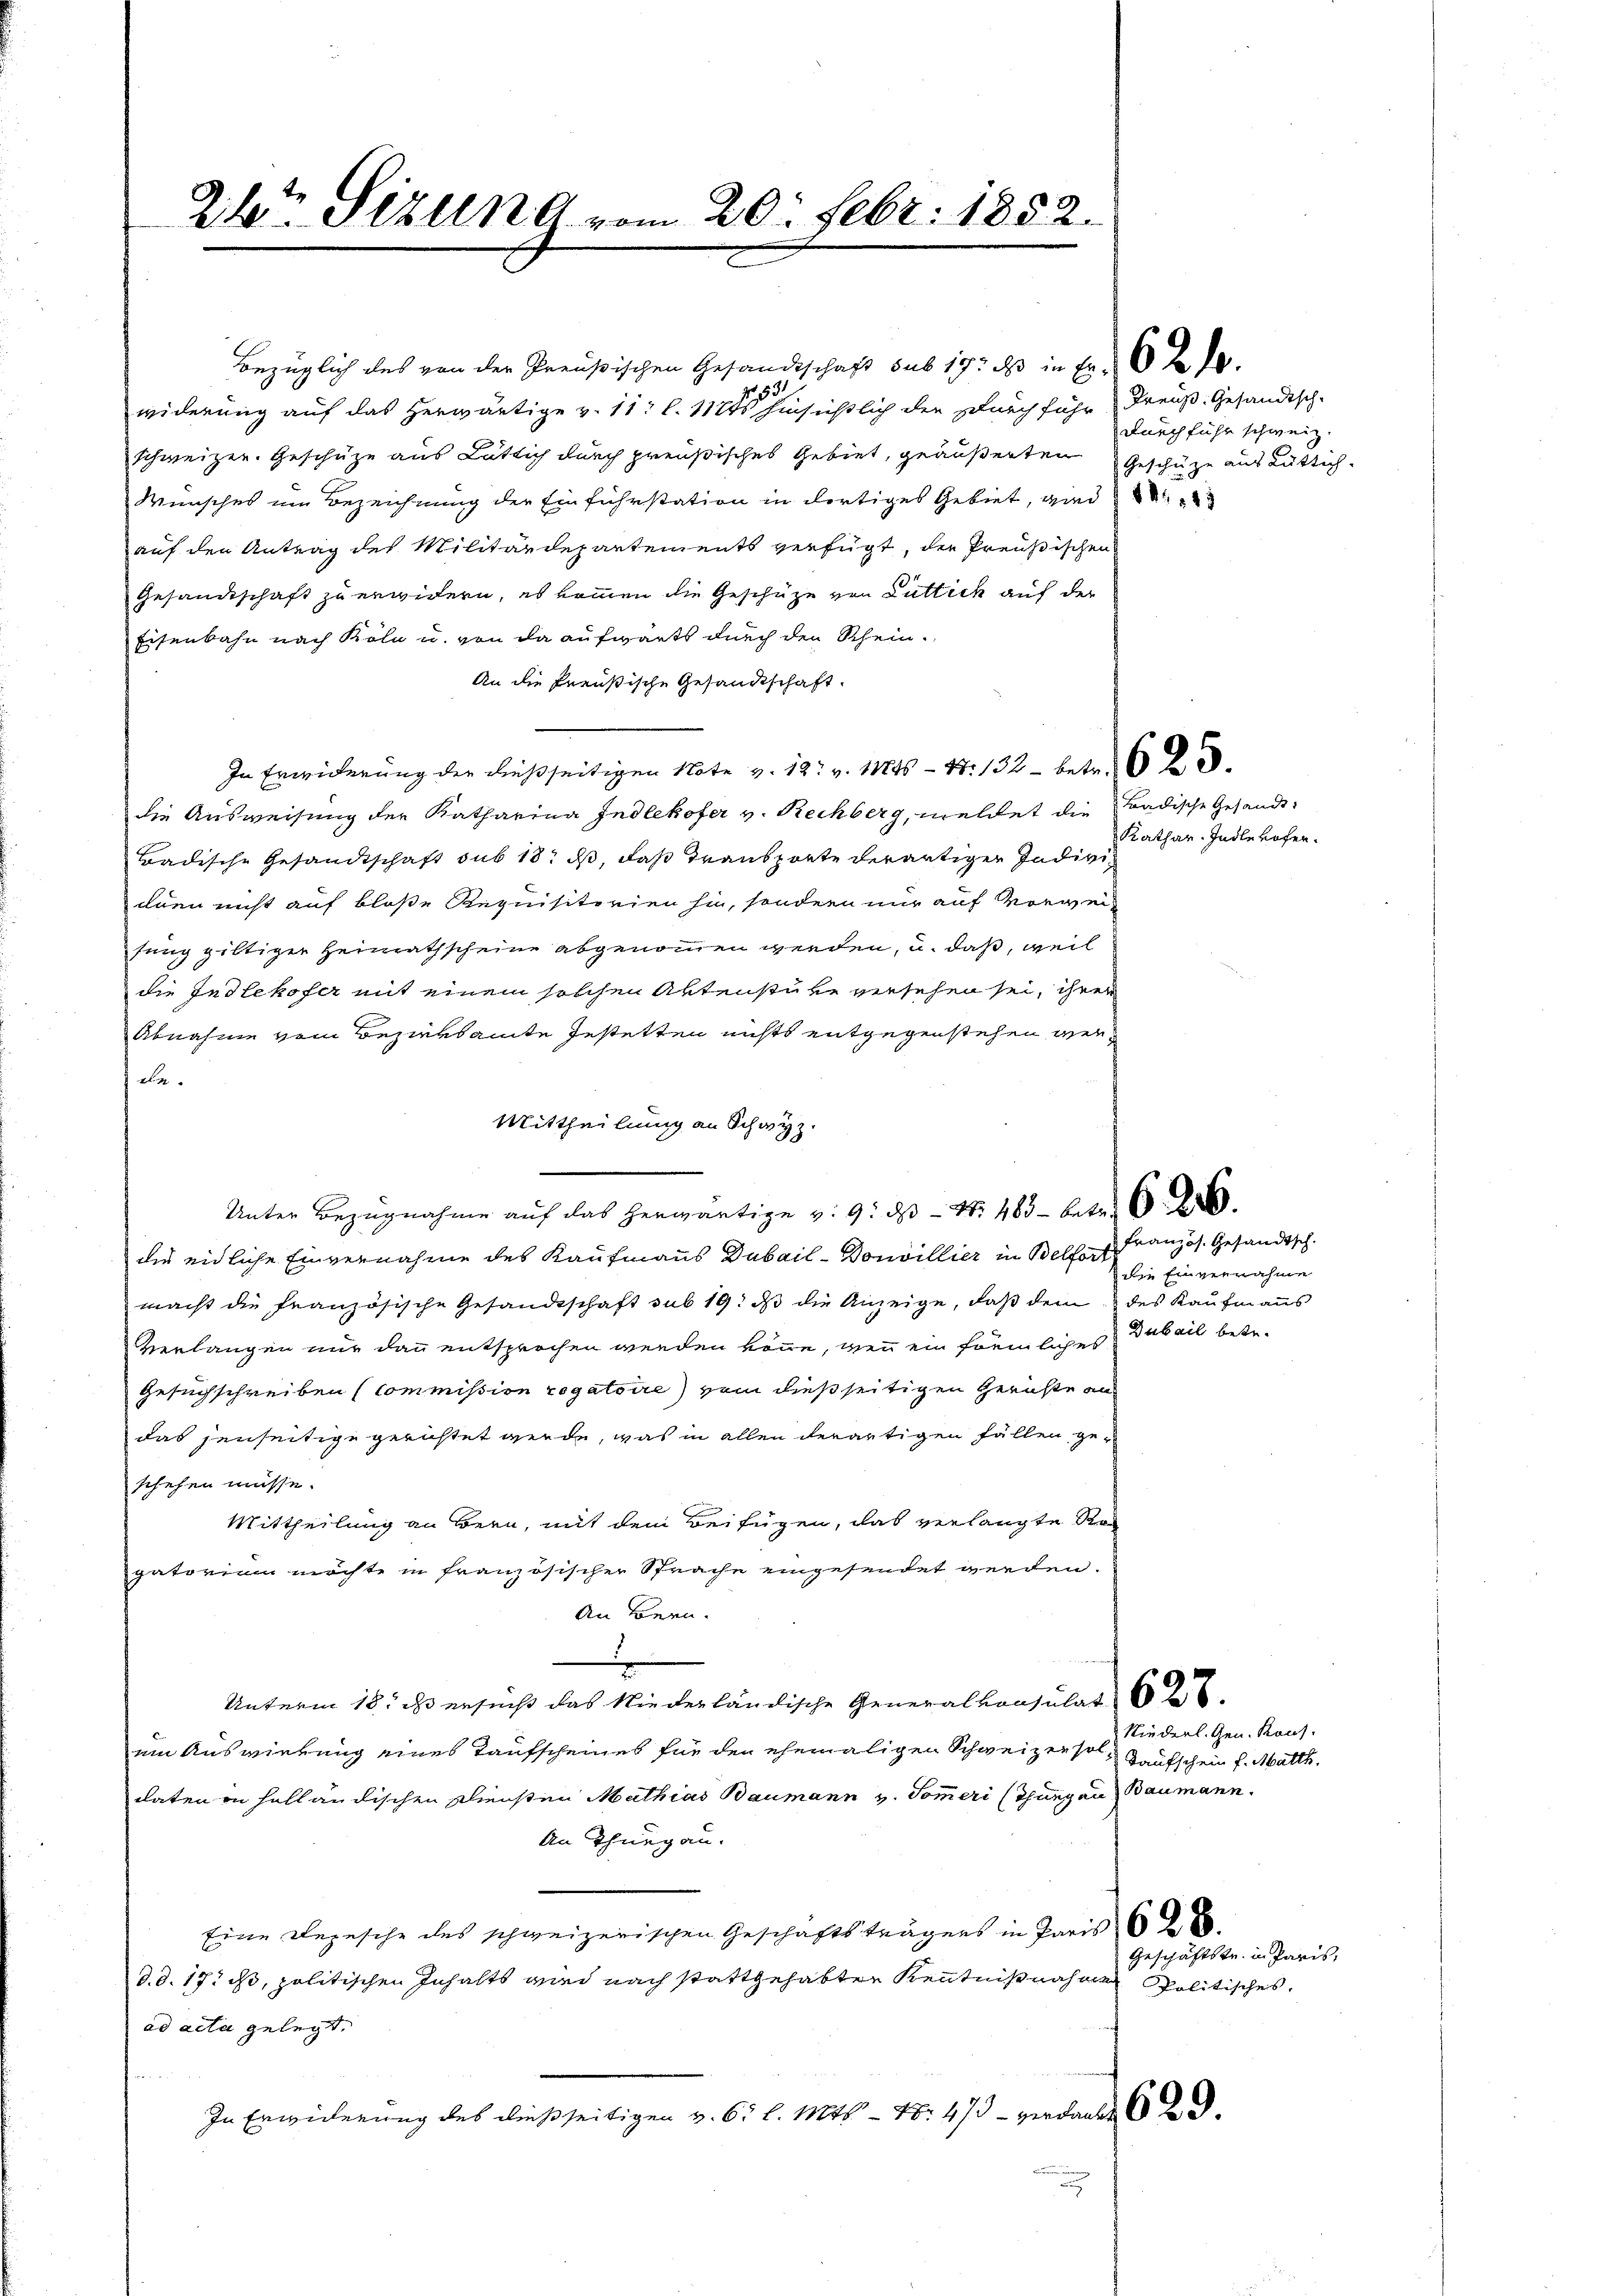
24. Sizung vom 20. Febr. 1852.

Bezüglich des von der Preußischen Gesandtschaft sub 19. ds in Fr. 6 t d.
1531
widerung auf das herwärtige v. 11. l. 1121 hinsichtlich der Durch führ dreuß. Gesandtsch-
schweizer. Geschätze aus Lütlich durch preußisches Gebiet, geäußerten Geschäze aus Rüttig¬
Wunsches im Bezeichnung der Einfuhrstation in dortiges Gebiet, wied
auf den Antrag des Militärdepartements verfügt, der Preußischen
Gesandtschaft zu erwidern, es kommen die Geschütze von Lüttich auf der
Eisenbahn nach Köln u. von da aufwärts durch den Schein¬
An die Preußische Gesandtschaft
In Erwiderung der dießseitigen Note v. 12. v. 1846 - 4. 132 - betr.
die Ausweisung der Katharina Indlekofer v. Rechberg, meldet die radische Gesandt¬
Badische Gesandtschaft sub 18. ds, daß Transporte derartiger Indivi
dnen nicht auf bloße Requisitorien hin, sondern nur auf Vorweifung gültiger Heimathscheine abgenommen werden, u. daß, weil
die Indlekofer mit einem solchen Aktenstüke versehen sei, ihrer
Abnahme vom Bezirksamte Gestetten nichts entgegenstehen werde.
Mittheilung an Schwyz.
Unter Bezugnahme auf das herwärtige v. 9. ds N. 483 — Betr. 6.
dur eidliche Einvernahme des Kaufmanns Dubail-Donvillier in Belfort
macht die französische Gesandtschaft sub 19. ds die Anzeige, daß dem des Kaufmanns
Verlangen nur dann entsprochen werden könne, wenn ein förmliches dabeil bete-
Gesuchschreiben (Commission rogatoire von dießseitigen Gerichte an
das jenseitige gerichtet werde, was in allen derartigen Fällen geschehen müsse.
Mittheilung an Bern, mit dem Beifügen, das verlangte Ro
gatorium möchte in französischer Sprache eingesendet werden.
An Bern.
Unterm 18. ds ersucht das Niederländische Generalkonsulat
um Auswirkung eines Taufscheines für den ehemaligen Schweizer so aufschein f. Matth.
daten in holländischen Diensten Mathias Baumann v. Sommeri (Thurgau Baumann.
An Thurgau.
Eine Depesche des schweizerischen Geschäftsträgers in Paris 628.
d.d. 17. ds, politischen Inhalts wird nach stattgehabten Kenntnißnahme Politisches,
ad acta gelegt.
In Erwiderung des dießseitigen v. 6. l. Mts. — N: 473 - verdankt d

durchführ schweiz.

Kathar. Indlevofen.

Französ. Gesandtsch.
die Einvernahme

Niederl. Gen. Kons.

Geschäftstr. in Paris,